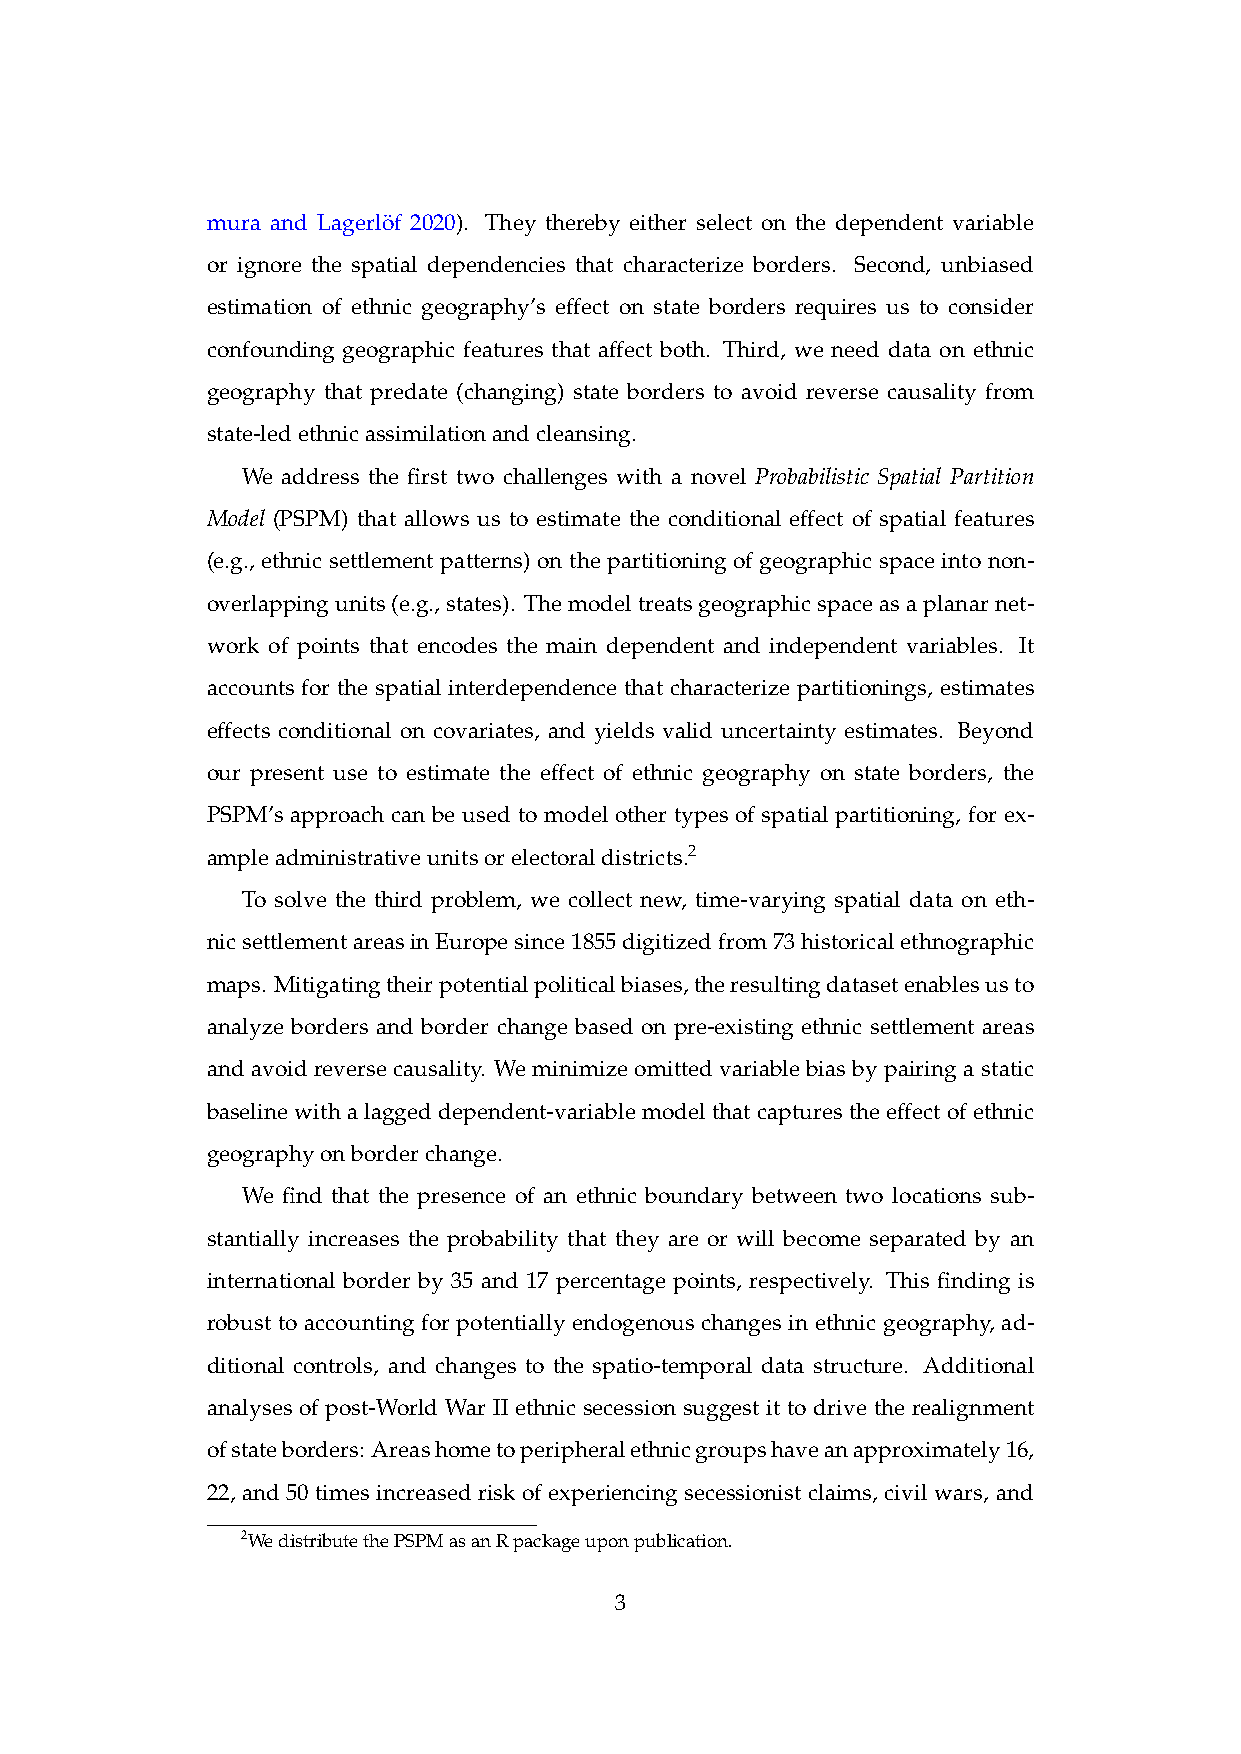
mura and Lagerlo¨f 2020). They thereby either select on the dependent variable
 or ignore the spatial dependencies that characterize borders. Second, unbiased
 estimation of ethnic geography’s effect on state borders requires us to consider
 confounding geographic features that affect both. Third, we need data on ethnic
 geography that predate (changing) state borders to avoid reverse causality from
 state-ledethnicassimilationandcleansing.
 We address the first two challenges with a novel Probabilistic Spatial Partition
 Model (PSPM) that allows us to estimate the conditional effect of spatial features
 (e.g., ethnic settlement patterns) on the partitioning of geographic space into non-
 overlappingunits(e.g.,states). Themodeltreatsgeographicspaceasaplanarnet-
 work of points that encodes the main dependent and independent variables. It
 accounts for the spatial interdependence that characterize partitionings, estimates
 effects conditional on covariates, and yields valid uncertainty estimates. Beyond
 our present use to estimate the effect of ethnic geography on state borders, the
 PSPM’s approach can be used to model other types of spatial partitioning, for ex-
 ampleadministrativeunitsorelectoraldistricts.2
 To solve the third problem, we collect new, time-varying spatial data on eth-
 nicsettlementareasinEuropesince1855digitizedfrom73historicalethnographic
 maps. Mitigatingtheirpotentialpoliticalbiases,theresultingdatasetenablesusto
 analyze borders and border change based on pre-existing ethnic settlement areas
 andavoidreversecausality. Weminimizeomittedvariablebiasbypairingastatic
 baselinewithalaggeddependent-variablemodelthatcapturestheeffectofethnic
 geographyonborderchange.
 We find that the presence of an ethnic boundary between two locations sub-
 stantially increases the probability that they are or will become separated by an
 international border by 35 and 17 percentage points, respectively. This finding is
 robust to accounting for potentially endogenous changes in ethnic geography, ad-
 ditional controls, and changes to the spatio-temporal data structure. Additional
 analyses of post-World War II ethnic secession suggest it to drive the realignment
 ofstateborders: Areashometoperipheralethnicgroupshaveanapproximately16,
 22, and 50 times increased risk of experiencing secessionist claims, civil wars, and
 2WedistributethePSPMasanRpackageuponpublication.
 3